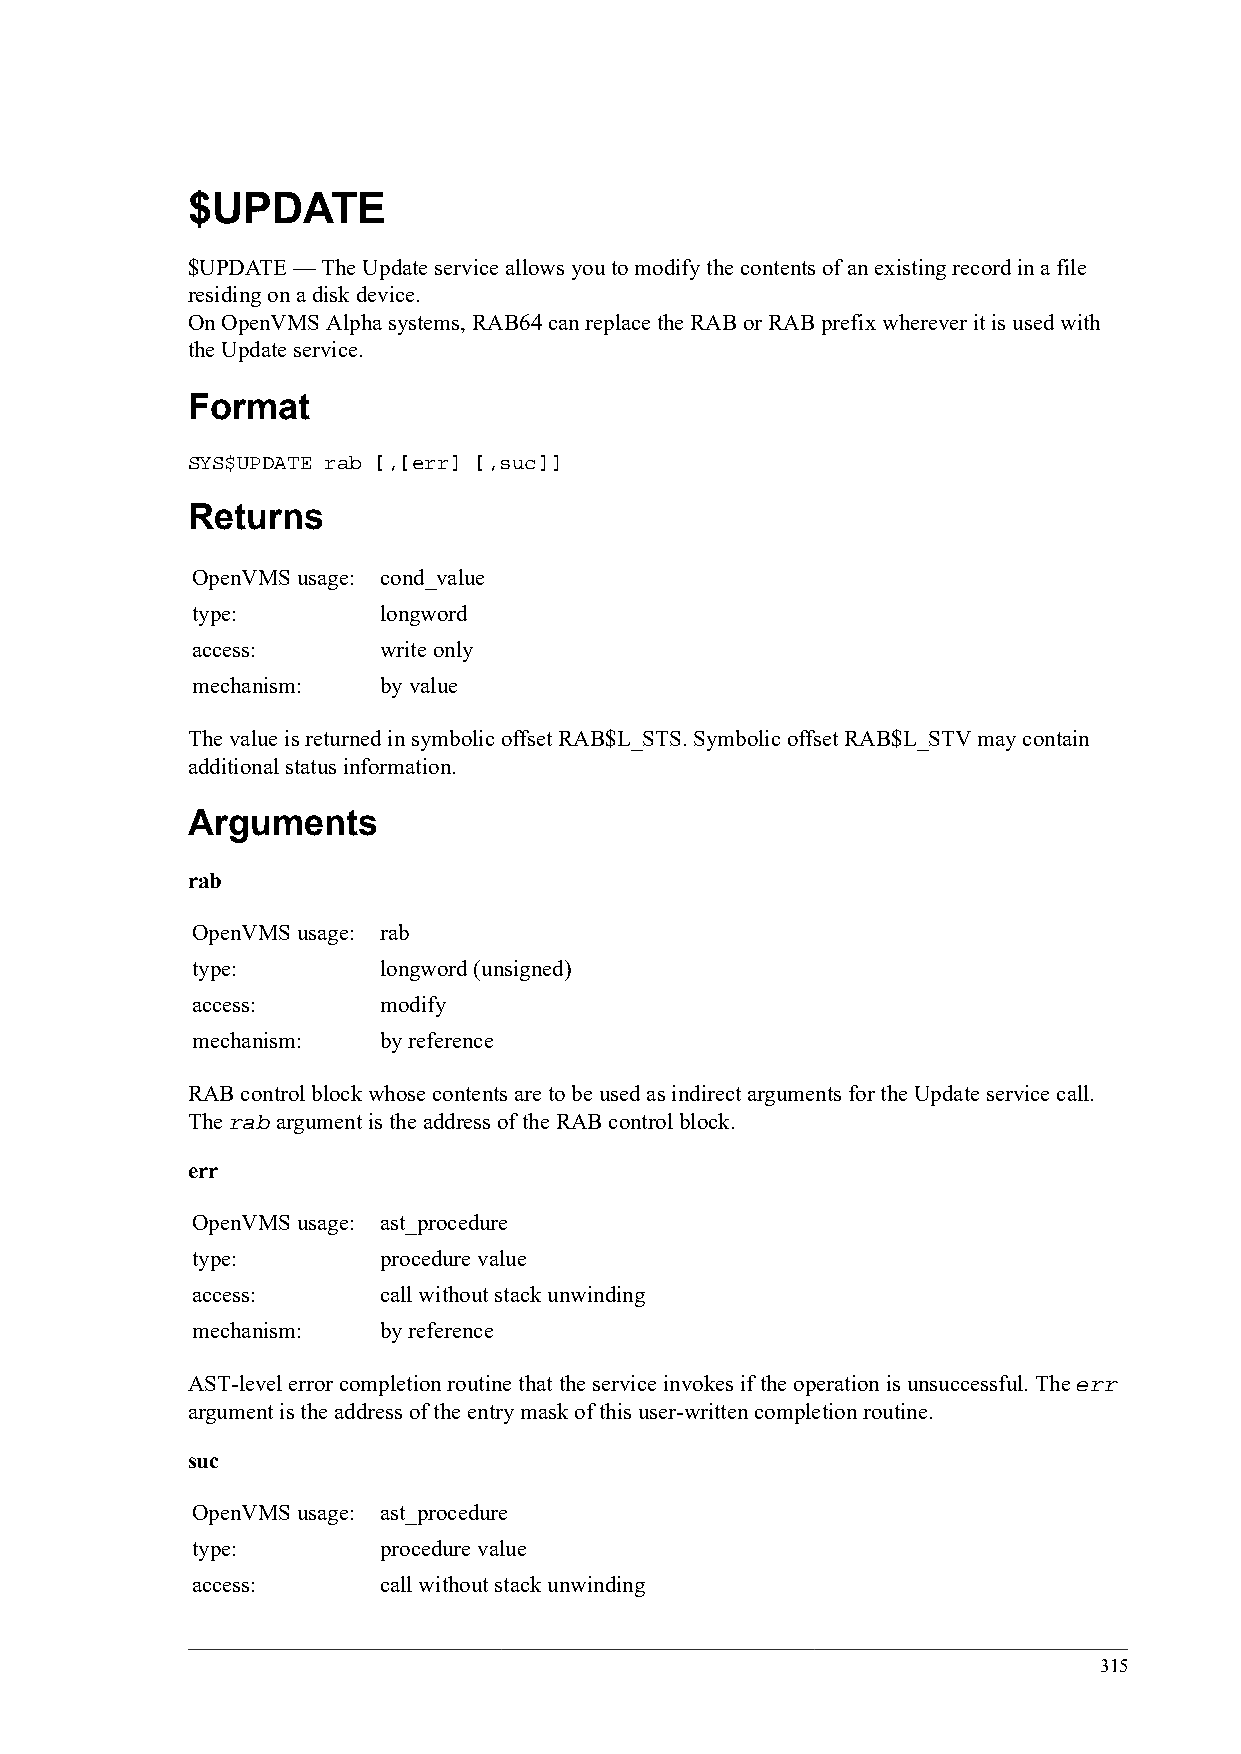
$UPDATE
 $UPDATE — The Update service allows you to modify the contents of an existing record in a file
 residing on a disk device.
 On OpenVMS Alpha systems, RAB64 can replace the RAB or RAB prefix wherever it is used with
 the Update service.
 Format
 SYS$UPDATE rab [,[err] [,suc]]
 Returns
 OpenVMS usage: cond_value
 type:       longword
 access:     write only
 mechanism:  by value
 The value is returned in symbolic offset RAB$L_STS. Symbolic offset RAB$L_STV may contain
 additional status information.
 Arguments
 rab
 OpenVMS usage: rab
 type:       longword (unsigned)
 access:     modify
 mechanism:  by reference
 RAB control block whose contents are to be used as indirect arguments for the Update service call.
 The rab argument is the address of the RAB control block.
 err
 OpenVMS usage: ast_procedure
 type:       procedure value
 access:     call without stack unwinding
 mechanism:  by reference
 AST-level error completion routine that the service invokes if the operation is unsuccessful. The err
 argument is the address of the entry mask of this user-written completion routine.
 suc
 OpenVMS usage: ast_procedure
 type:       procedure value
 access:     call without stack unwinding
 315